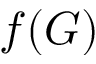
f ( G )